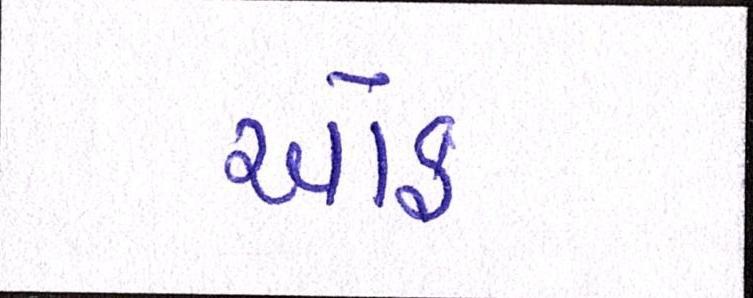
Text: ઑફ